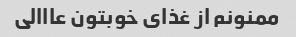
ممنونم از غذای خوبتون عااالی